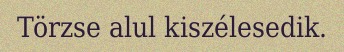
Törzse alul kiszélesedik.